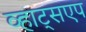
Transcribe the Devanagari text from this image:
व्हाट्सएप